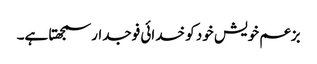
بزعم خویش خود کو خدائی فوجدار سمجھتا ہے۔